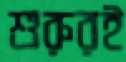
শুরুরই